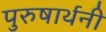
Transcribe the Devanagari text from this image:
पुरुषार्थनी